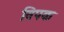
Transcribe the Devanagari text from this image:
विपक